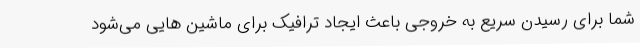
شما برای رسیدن سریع به خروجی باعث ایجاد ترافیک برای ماشین هایی می‌شود